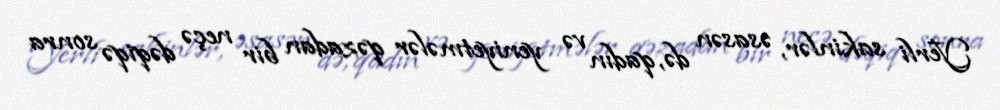
Yerli sakinlər, əsasən də, qadın və yeniyetmələr qəzadan bir neçə dəqiqə sonra